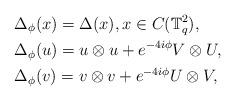
LaTeX: \begin{align*}&\Delta_\phi(x) = \Delta(x), x \in C(\mathbb{T}_q^2), \\&\Delta_\phi(u) = u\otimes u +e^{-4i\phi}V\otimes U, \\&\Delta_{\phi}(v)=v\otimes v +e^{-4i\phi}U\otimes V, \end{align*}